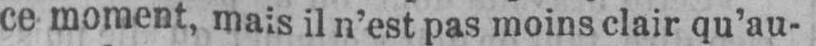
ce moment, mais il n’est pas moins clair qu’au-